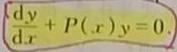
$\frac{\mathrm{d}y}{\mathrm{d}x} + P(x)y = 0.$